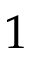
1